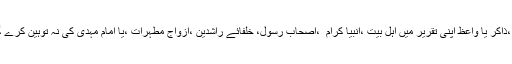
کوئی مقرر ،خطیب ،ذاکر یا واعظ اپنی تقریر میں اہل بیتؓ ،انبیا کرام ؑ ،اصحاب رسولؐ، خلفائے راشدینؓ ،ازواج مطہراتؓ ،یا امام مہدیؓ کی نہ توہین کرے گا ،نہ تنقید کرے گا۔